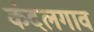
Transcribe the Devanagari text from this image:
कंदलगाव